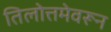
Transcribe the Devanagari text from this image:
तिलोत्तमेवरून